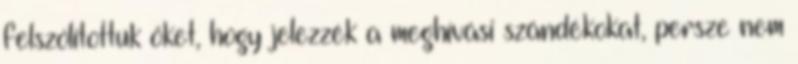
felszólítottuk őket, hogy jelezzék a meghívási szándékokat, persze nem